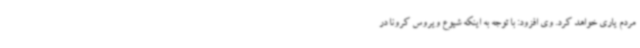
مردم یاری خواهد کرد. وی افزود: با توجه به اینکه شیوع ویروس کرونا در